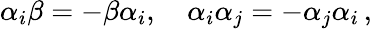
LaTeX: \alpha_{i}\beta=-\beta\alpha_{i},\quad\alpha_{i}\alpha_{j}=-\alpha_{j}\alpha_{i}\, ,